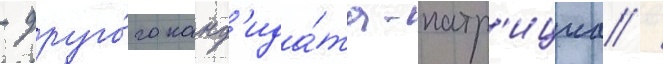
- друго́го канд'ида́та-патр'ициа /